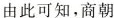
由此可知，商朝